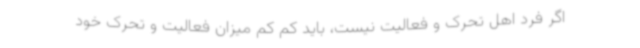
اگر فرد اهل تحرک و فعالیت نیست، باید کم کم میزان فعالیت و تحرک خود